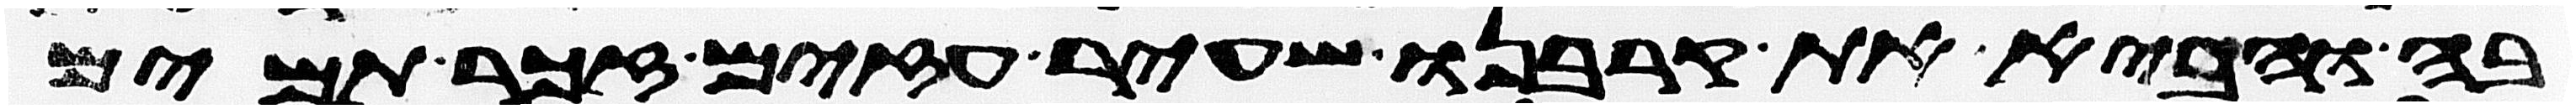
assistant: בה והביא את קרבנו שעיר עזים זכר תמים